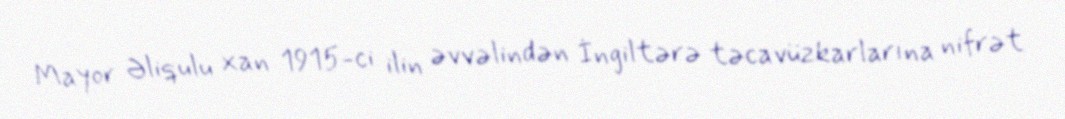
Mayor Əliqulu xan 1915-ci ilin əvvəlindən İngiltərə təcavüzkarlarına nifrət